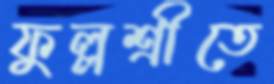
ফুল্লশ্রীতে